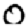
Digit: 0